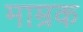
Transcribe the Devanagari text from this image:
माम्रक